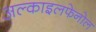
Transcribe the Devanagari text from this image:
अल्काइलफेनोल